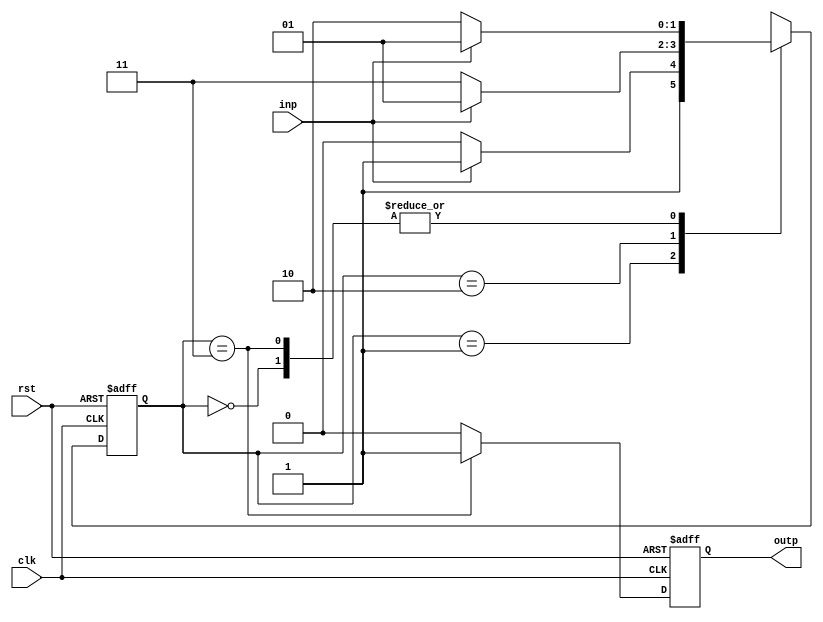
module fsm( clk, rst, inp, outp);

   input clk, rst, inp;
   output outp;

   reg [1:0] state;
   reg outp;

   always @( posedge clk, posedge rst )
   begin
   if( rst )
       state <= 2'b00;
   else
   begin
       case( state )
       2'b00:
       begin
            if( inp ) state <= 2'b01;
            else state <= 2'b10;
       end

       2'b01:
       begin
            if( inp ) state <= 2'b11;
            else state <= 2'b10;
       end

       2'b10:
       begin
            if( inp ) state <= 2'b01;
            else state <= 2'b11;
       end

       2'b11:
       begin
            if( inp ) state <= 2'b01;
            else state <= 2'b10;
       end
       endcase
   end
end


always @(posedge clk, posedge rst)
begin
    if( rst )
       outp <= 0;
    else if( state == 2'b11 )
       outp <= 1;
    else outp <= 0;

end

endmodule
module fsm_test;

reg  clk, rst, inp;
wire outp;
reg[15:0] sequence;
integer i;

fsm dut( clk, rst, inp, outp);

initial
begin

   clk = 0;
        rst = 1;
        sequence = 16'b0101_0111_0111_0010;
   #5 rst = 0;

   for( i = 0; i <= 15; i = i + 1)
   begin
      inp = sequence[i];
      #2 clk = 1;
      #2 clk = 0;
      $display("State = ", dut.state, " Input = ", inp, ", Output = ", outp);

   end
        test2;
end
task test2;
   for( i = 0; i <= 15; i = i + 1)
   begin
      inp = $random % 2;
      #2 clk = 1;
      #2 clk = 0;
      $display("State = ", dut.state, " Input = ", inp, ", Output = ", outp);

   end
endtask


endmodule